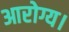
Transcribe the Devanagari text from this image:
आरोग्य।